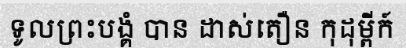
ទូលព្រះបង្គំ បាន ដាស់តឿន កុដុម្ពីក៍